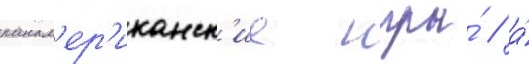
панам'ер'иканск'ие игры́ / а́